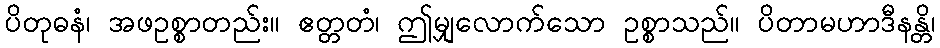
ပိတုဓနံ၊ အဖဥစ္စာတည်း။ ဧတ္တတံ၊ ဤမျှလောက်သော ဥစ္စာသည်။ ပိတာမဟာဒီနန္တိ၊